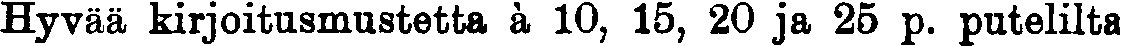
Hyvää kirjoitusmustetta à 10, 15, 20 ja 25 p. putelilta